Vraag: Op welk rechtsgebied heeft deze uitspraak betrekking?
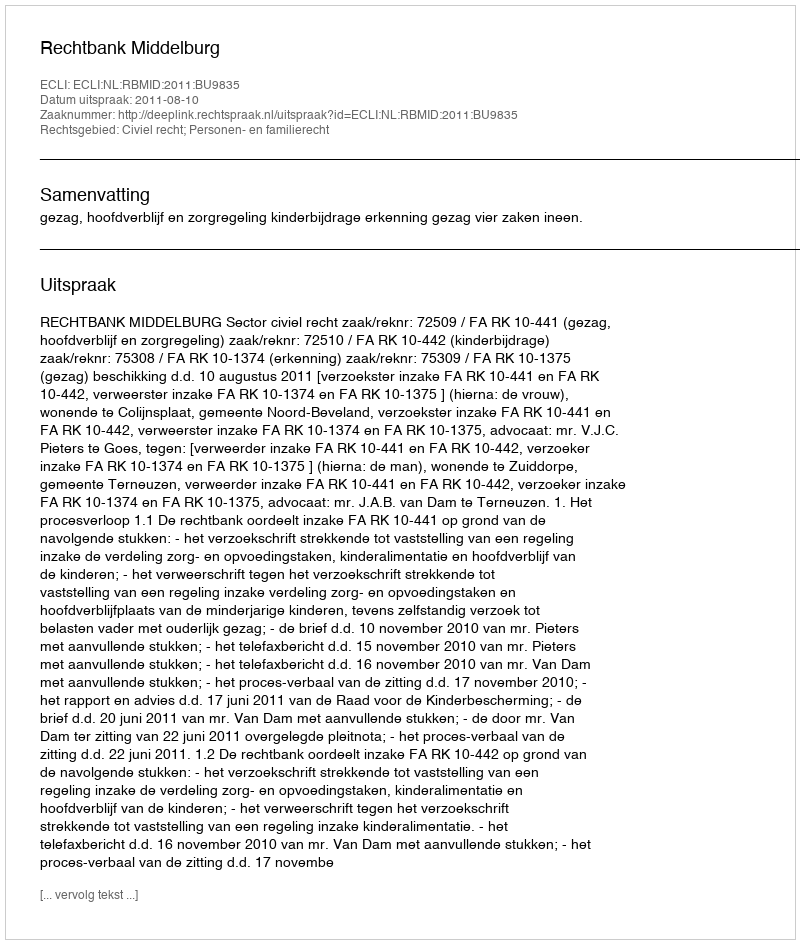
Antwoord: Civiel recht; Personen- en familierecht